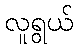
လူရွယ်